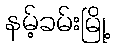
နမ့်ခမ်းမြို့